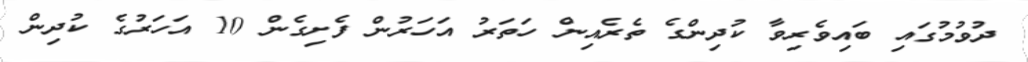
ދުވުމުގައި ބައިވެރިވާ ކުދިންގެ ތެރެއިން ހަތަރު އަހަރުން ފެށިގެން 10 އަހަރުގެ ކުދިން